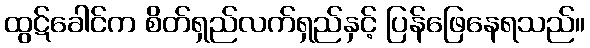
ထွဋ်ခေါင်က စိတ်ရှည်လက်ရှည်နှင့် ပြန်ဖြေနေရသည်။